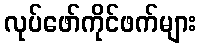
လုပ်ဖော်ကိုင်ဖက်များ